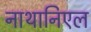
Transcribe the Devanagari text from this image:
नाथानिएल